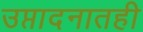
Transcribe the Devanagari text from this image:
उप्तादनातही